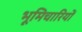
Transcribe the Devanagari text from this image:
भूमिचारियों